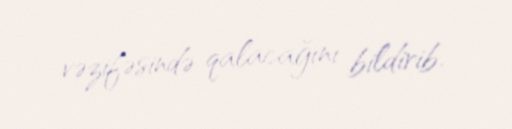
vəzifəsində qalacağını bildirib.